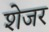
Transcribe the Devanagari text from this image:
शेजर